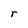
Character: r